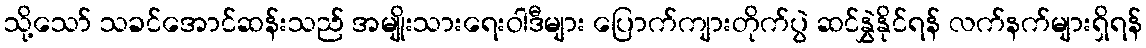
သို့သော် သခင်အောင်ဆန်းသည် အမျိုးသားရေးဝါဒီများ ပြောက်ကျားတိုက်ပွဲ ဆင်နွှဲနိုင်ရန် လက်နက်များရှိရန်